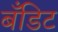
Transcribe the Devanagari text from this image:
बँडिट